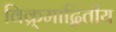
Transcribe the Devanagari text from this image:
विक्र्माद्वितीय